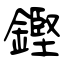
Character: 鏗